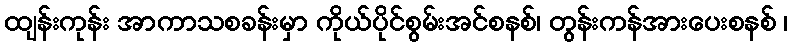
ထျန်းကုန်း အာကာသစခန်းမှာ ကိုယ်ပိုင်စွမ်းအင်စနစ်၊ တွန်းကန်အားပေးစနစ် ၊